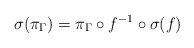
\begin{align*} \sigma(\pi_{\Gamma})=\pi_{\Gamma} \circ f^{-1}\circ \sigma(f)\end{align*}